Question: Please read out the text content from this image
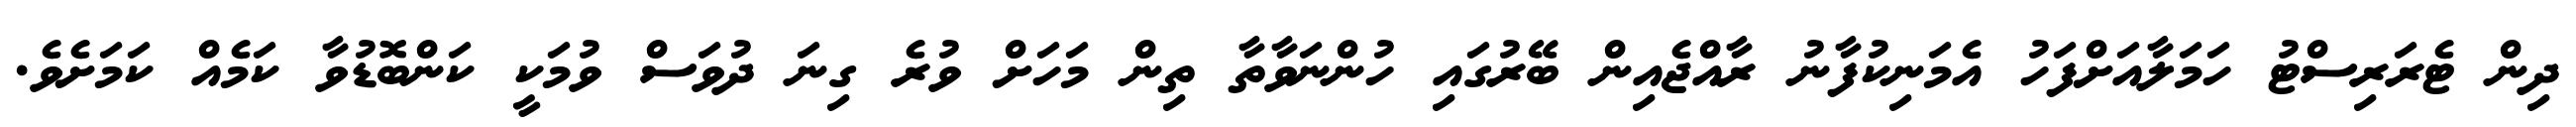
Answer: ދިން ޓެރަރިސްޓު ހަމަލާއަށްފަހު އެމަނިކުފާނު ރާއްޖެއިން ބޭރުގައި ހުންނަވާތާ ތިން މަހަށް ވުރެ ގިނަ ދުވަސް ވުމަކީ ކަންބޮޑުވާ ކަމެއް ކަމަށެވެ.